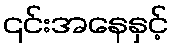
၎င်းအနေနှင့်